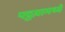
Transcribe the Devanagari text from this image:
पट्टय़ामध्ये